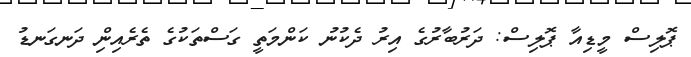
ޕޮލިސް މީޑިއާ ޕޮލިސް: ދަރުބާރުގެ އިރު ދެކުނު ކަންމަތީ ގަސްތަކުގެ ތެރެއިނިް ދަނގަނޑު